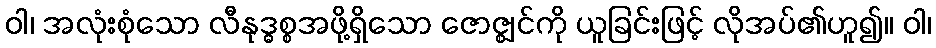
ဝါ၊ အလုံးစုံသော လီနုဒ္ဓစ္စအဖို့ရှိသော ဇောဇ္ဈင်ကို ယူခြင်းဖြင့် လိုအပ်၏ဟူ၍။ ဝါ၊